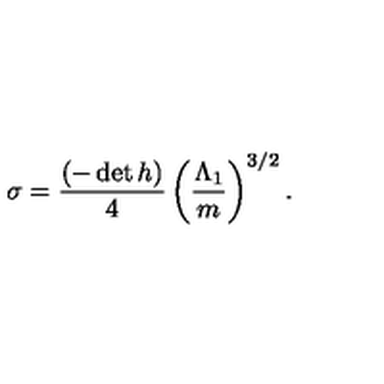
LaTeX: \sigma = \frac { ( - \det h ) } { 4 } \left( \frac { \Lambda _ { 1 } } { m } \right) ^ { 3 / 2 } .